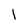
Character: I